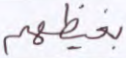
بغيظهم